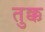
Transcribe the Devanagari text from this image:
तुक्क